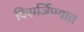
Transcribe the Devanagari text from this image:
विसर्जिण्यात